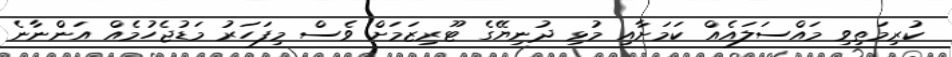
ކުރިމަތިވި މައްސަލައެއް ކަމަށާއި މުޅި ދުނިޔޭގެ ޓޫރިޒަމަށް ވެސް މިފަހަރު މަޑުޖެހުމެއް އަންނާނެ